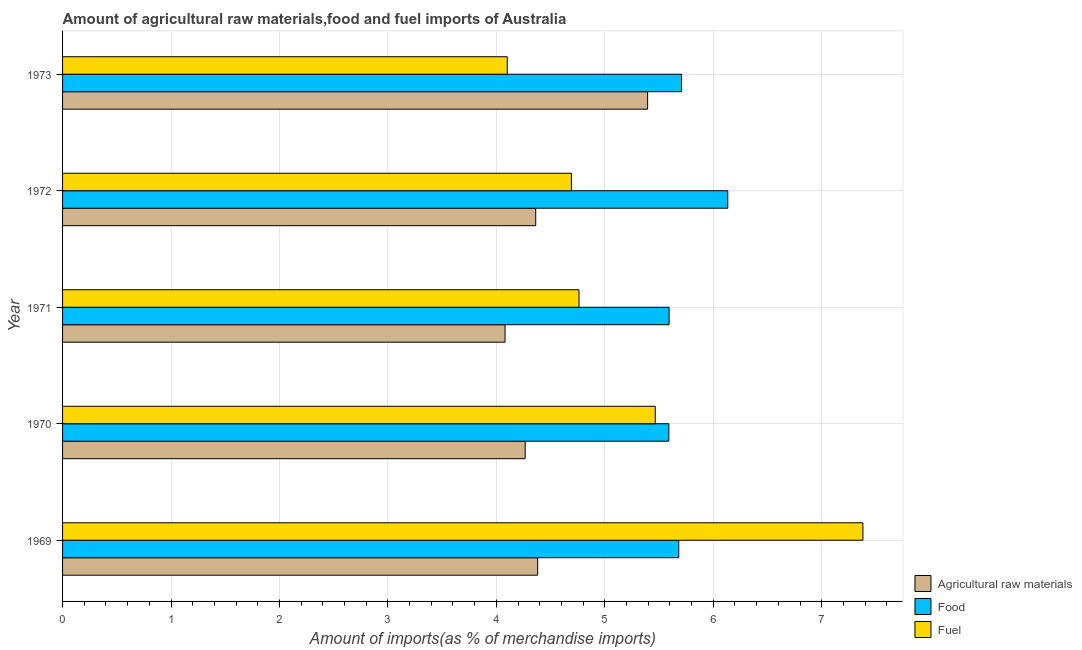
| Year | Agricultural raw materials | Food | Fuel |
 | --- | --- | --- | --- |
 | 1969 | 4.38 | 5.68 | 7.38 |
 | 1970 | 4.27 | 5.59 | 5.47 |
 | 1971 | 4.08 | 5.59 | 4.76 |
 | 1972 | 4.36 | 6.13 | 4.69 |
 | 1973 | 5.39 | 5.71 | 4.1 |